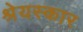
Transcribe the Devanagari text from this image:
श्रेयस्कार